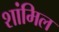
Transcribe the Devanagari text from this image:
शांमिल